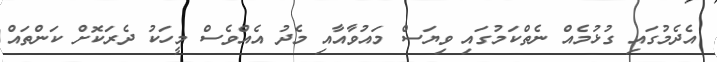
އެދެމުގައި ގުޅުމެއް ނެތްކަމުގައި ވިޔަސް މައުވާއާއި މެދު އެއްވެސް މީހަކު ދެރަކޮށް ކަންތައް